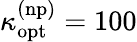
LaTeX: \kappa_{\mathrm{opt}}^{\mathrm{(np)}}=100